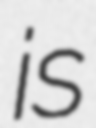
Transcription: is